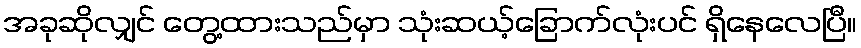
အခုဆိုလျှင် တွေ့ထားသည်မှာ သုံးဆယ့်ခြောက်လုံးပင် ရှိနေလေပြီ။